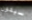
سيكون